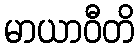
မာယာဝီတိ